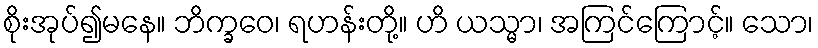
စိုးအုပ်၍မနေ။ ဘိက္ခဝေ၊ ရဟန်းတို့။ ဟိ ယသ္မာ၊ အကြင်ကြောင့်။ သော၊